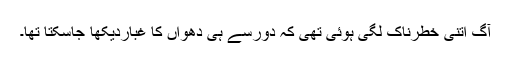
آگ اتنی خطرناک لگی ہوئی تھی کہ دورسے ہی دھواں کا غباردیکھا جاسکتا تھا۔